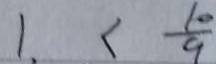
1 . < \frac { 1 0 } { 9 }